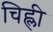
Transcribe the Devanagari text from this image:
चिह्ली